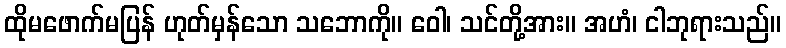
ထိုမဖောက်မပြန် ဟုတ်မှန်သော သဘောကို။ ဝေါ၊ သင်တို့အား။ အဟံ၊ ငါဘုရားသည်။